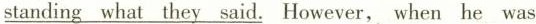
standing what they said. However, when he was